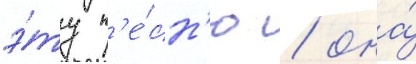
э́ту п'е́сн'ю / она́